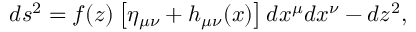
d s ^ { 2 } = f ( z ) \left[ \eta _ { \mu \nu } + h _ { \mu \nu } ( x ) \right] d x ^ { \mu } d x ^ { \nu } - d z ^ { 2 } ,